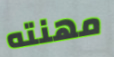
مهنته